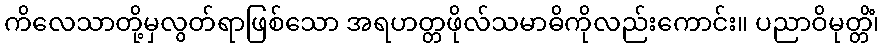
ကိလေသာတို့မှလွတ်ရာဖြစ်သော အရဟတ္တဖိုလ်သမာဓိကိုလည်းကောင်း။ ပညာဝိမုတ္တိံ၊